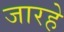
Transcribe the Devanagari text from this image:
जारहे